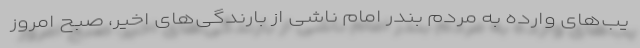
یب‌های وارده به مردم بندر امام ناشی از بارندگی‌های اخیر، صبح امروز